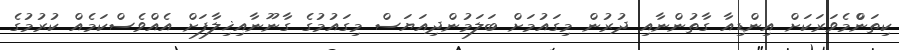
ކިތަންްމެވަރަކަށް އިންޑިއާ ގާތުންނާއި ދުރުން މިގައުމަށް ބަލަމުންދިއަޔަސް މިގައުމުގެ ގާނޫނާއިޚިލާފަށް އެއްވެސްކަމެއް ކުރުމުގެ